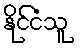
နိုင်ငံသူ